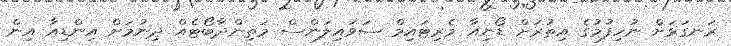
ރަނގަޅަށް ނުހިފުމުގެ އިތުރަށް ޑޯނިއާ މެރިޓައިމް ސަވައިލަންސް މަތިންދާބޯޓެއް ދިނުމަށް އިންޑިއާ އިން